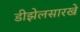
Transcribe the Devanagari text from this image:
डीझेलसारखे